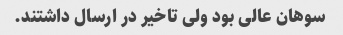
سوهان عالی بود ولی تاخیر در ارسال داشتند.